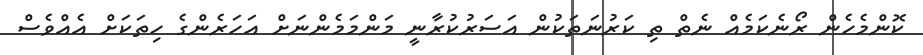
ކޮންމެހެން ރޯނެކަމެއް ނެތް ތި ކަރުނަތަކުން އަސަރުކުރާނީ މަންމަމެންނަށް އަހަރެންގެ ހިތަކަށް އެއްވެސް